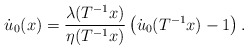
\begin{align*}\dot u_0(x)=\frac{\lambda(T\sp{-1}x)}{\eta(T\sp{-1}x)}\left(\dot u_0(T\sp{-1}x)-1\right).\end{align*}